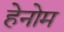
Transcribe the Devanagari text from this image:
हेनोम